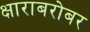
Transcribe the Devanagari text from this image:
क्षाराबरोबर